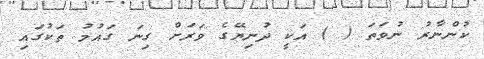
ކުންނާރު ނުވަތަ ( ) އަކީ ދުނިޔޭގެ ވަރަށް ގިނަ ގައުމު ތަކުގައި